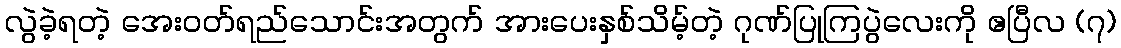
လွဲခဲ့ရတဲ့ အေးဝတ်ရည်သောင်းအတွက် အားပေးနှစ်သိမ့်တဲ့ ဂုဏ်ပြုကြပွဲလေးကို ဧပြီလ (၇)